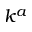
k ^ { a }